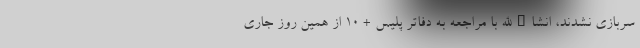
سربازی نشدند، انشاءالله با مراجعه به دفاتر پلیس + ۱۰ از همین روز جاری